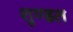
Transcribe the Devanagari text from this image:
शुण्डल